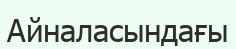
Айналасындағы